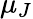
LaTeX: \mu_{J}